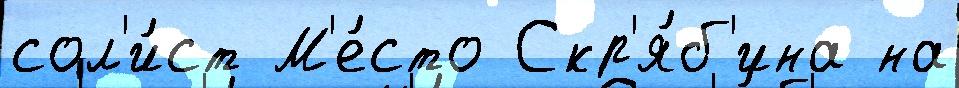
сол'и́ст М'е́сто Скр'я́б'ина на